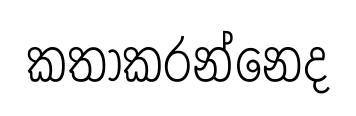
කතාකරන්නෙද